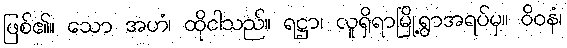
ဖြစ်၏။ သော အဟံ၊ ထိုငါသည်။ ရဋ္ဌာ၊ လူရှိရာမြို့ရွာအရပ်မှ။ ဝိဝနံ၊